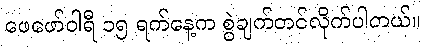
ဖေဖော်ဝါရီ ၁၅ ရက်နေ့က စွဲချက်တင်လိုက်ပါတယ်။